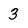
Character: 3